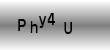
Text: Phy4U